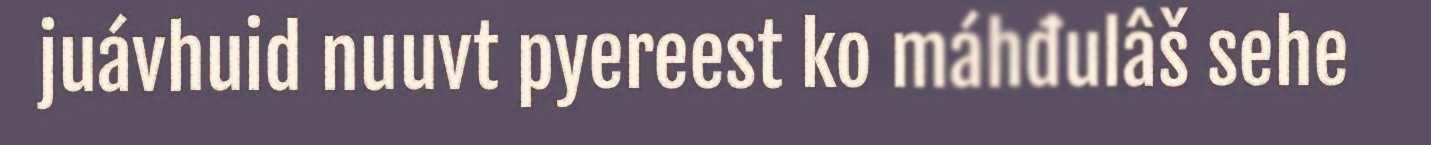
juávhuid nuuvt pyereest ko máhđulâš sehe